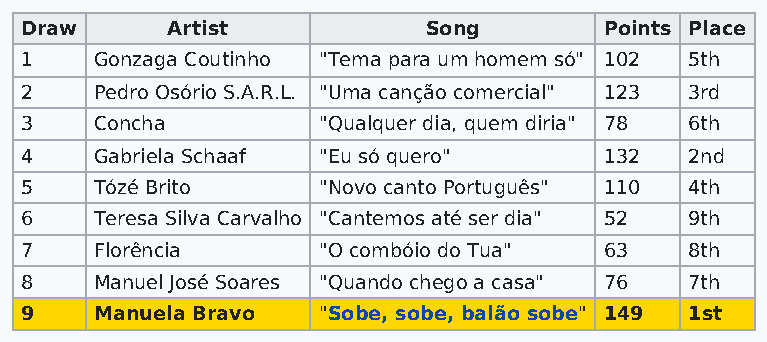
Draw      Artist           Song        Points Place
 1    Gonzaga Coutinho "Tema para um homem só" 102 5th
 2    Pedro Osório S.A.R.L. "Uma canção comercial" 123 3rd
 3    Concha         "Qualquer dia, quem diria" 78 6th
 4    Gabriela Schaaf "Eu só quero"     132   2nd
 5    Tózé Brito     "Novo canto Português" 110 4th
 6    Teresa Silva Carvalho "Cantemos até ser dia" 52 9th
 7    Florência      "O combóio do Tua" 63    8th
 8    Manuel José Soares "Quando chego a casa" 76 7th
 9    Manuela Bravo  "Sobe, sobe, balão sobe" 149 1st